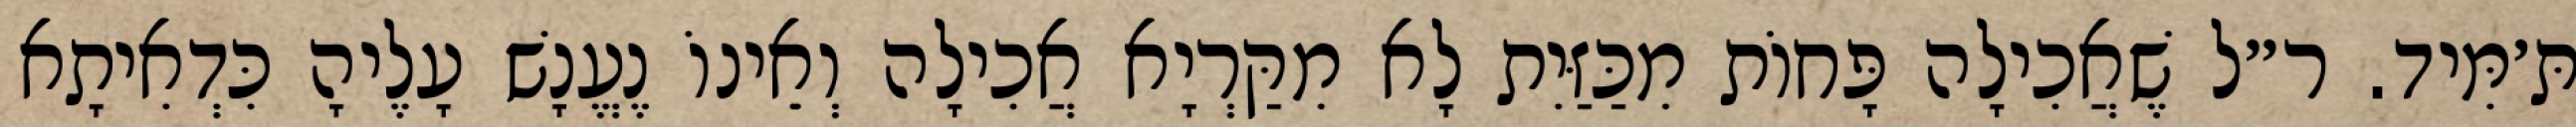
תּ׳מִּיד. ר״ל שֶׁאֲכִילָה פָּחוֹת מִכַּזַּיִת לָא מִקַּרְיָא אֲכִילָה וְאֵינוֹ נֶעֱנָשׁ עָלֶיהָ כִּדְאִיתָא